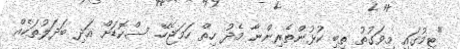
"ޓީމުގައި މިވަގުތު ތިބި ކުޅުންތެރިންނާ މެދު ހިތް ހަމަޖެހޭ. ސްކޮޑަށް އަދި ބަދަލުތަކެއް